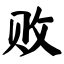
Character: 败